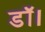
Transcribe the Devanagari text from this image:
डॉ।